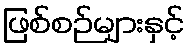
ဖြစ်စဉ်များနှင့်